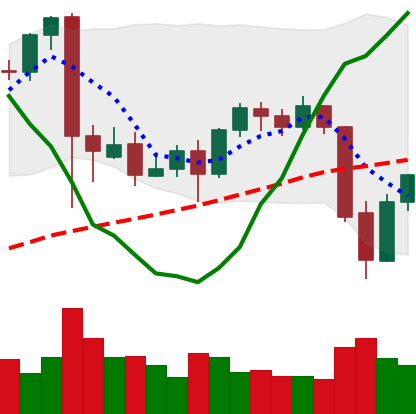
Ticker: BTC-USD
Chart end date: 2021-09-23
Forward return: -8.599%
Label: down_7plus